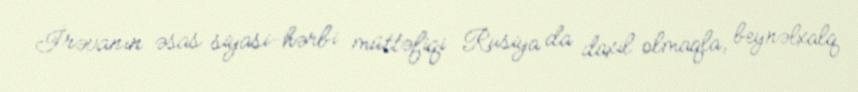
İrəvanın əsas siyasi-hərbi müttəfiqi Rusiya da daxil olmaqla, beynəlxalq